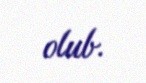
olub.